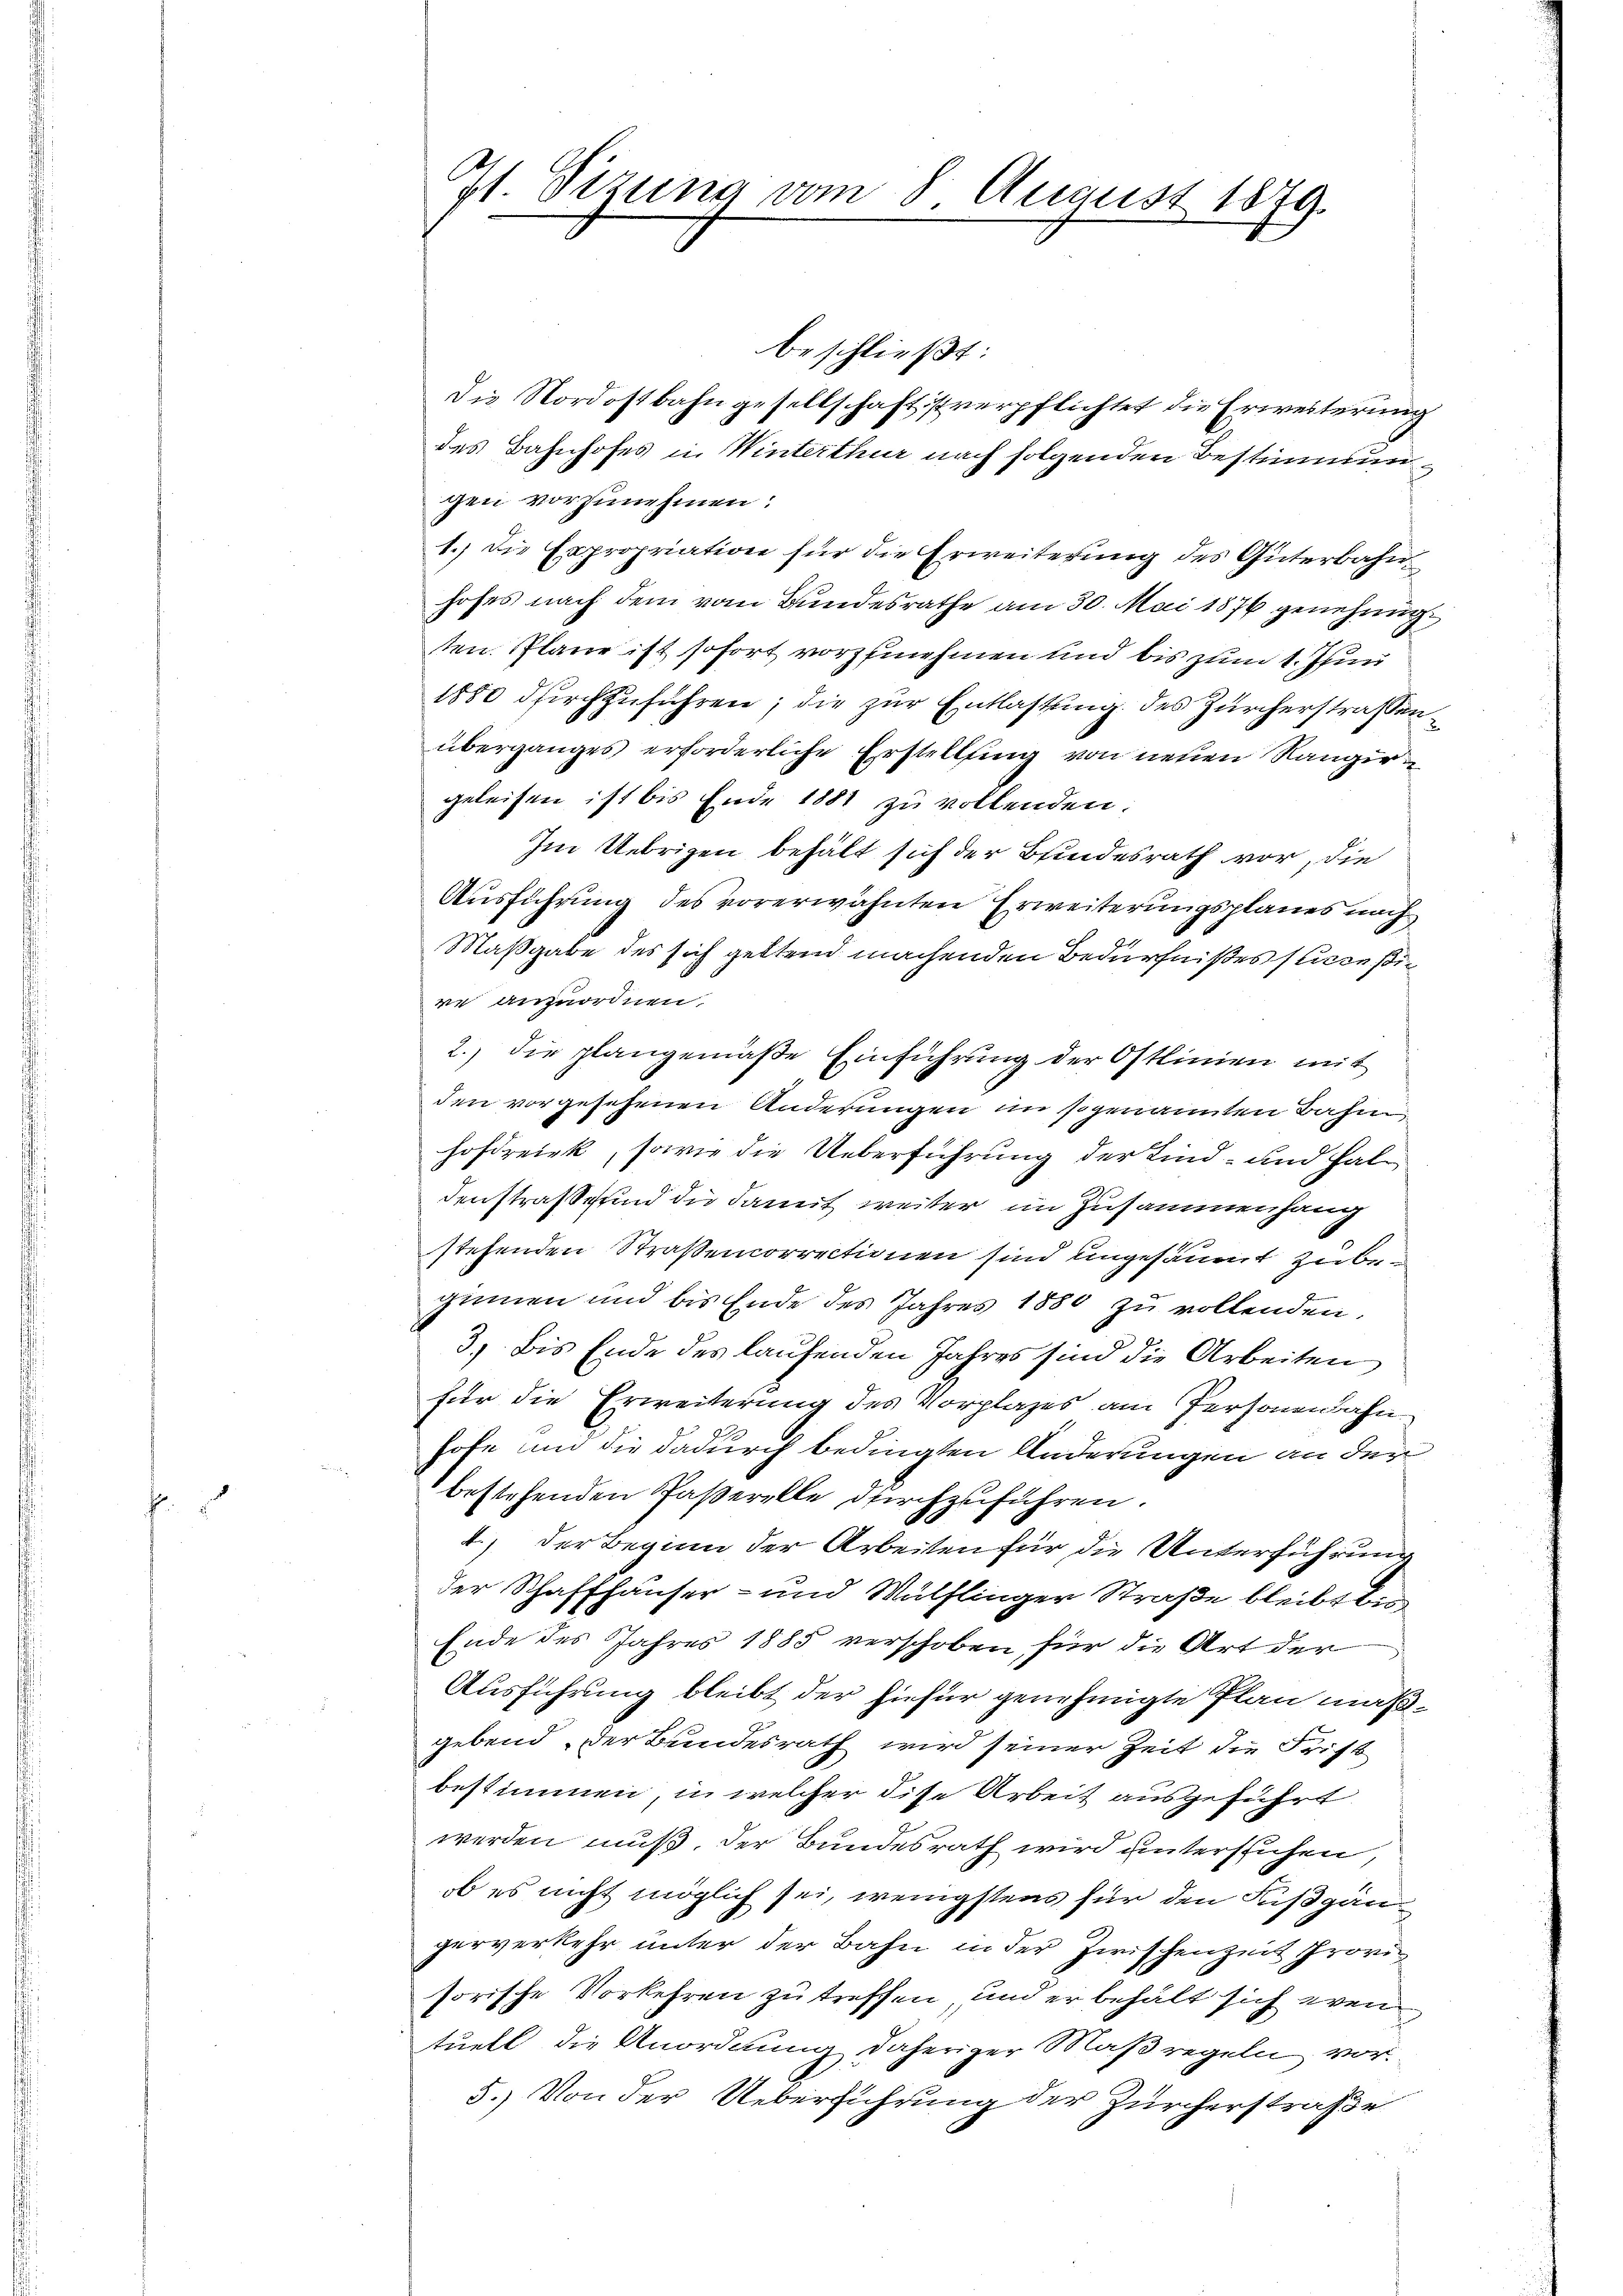
Zt. Sizung vom 8. August 1879.

beschließt:
Die Nordostbahngesellschaft ist verpflichtet die Erweiterung
des Bahnhofes in Winterthur nach folgenden Bestimmun
gen vorzunehmen:
1.) die Expropriation für die Erweiterung des Güterbahnhofes nach dem vom Bundesrathe am 30. Mai 1876 genehmigten Plane ist sofort vorzunehmen und bis zum 1. Jun
1880 dkirchzuführen; die zur Entlastung des Zürcherstrassenüberganges erforderliche Erstellung von neuen Rangirgeleisen ist bis Ende 1881 zu vollenden.
Im Uebrigen behält sich der Bindesrath vor, die
Ausführung des vorerwähnten Erweiterungsplanes nach
Maßgabe des sich geltend machenden Bedürfnißes succeßire anzuordnen.
2.) die plangemäße Einführung der Ostlinien mit
den vorgesehenen Anderungen im sogenannten Bahn¬
Hofdreiek, sowie die Ueberführung der Kind- und haldenstrafe und die damit weiter im Zusammenhang
stehenden Straßencorrectionen sind ungesäumt zubeginnen und bis Ende des Jahres 1880 zu vollenden.
3. bis Ende des laufenden Jahres sind die Arbeiten
für die Erweiterung des Vorplatzes am Personenbahn
hofe und die dadurch bedingten Änderungen an der
bestehenden Paßerelle durchzuführen.
4.) Der Beginn der Arbeiten für die Unterführung
der Schaffhäuser- und Wülflinger Straße bleibt bis
Ende des Jahres 1885 verschoben für die Art der
Ausführung bleibt der hiefür genehmigte Plan maßgebend der Bundesrath wird seiner Zeit die Frist
bestimmen, in welcher dise Arbeit ausgeführt.
werden muß. Der Bundesrath wird untersuchen,
ob es nicht möglich sei, wenigstens für den Fußgängerverkehr unter der Bahn in der Zwischenzeit Provi
sorische Vorkehren zu treffen und er behält sich wen
tuell die Anordnung daheriger Maßregeln vor.
5.) Von der Ueberführung der Zürcherstraße